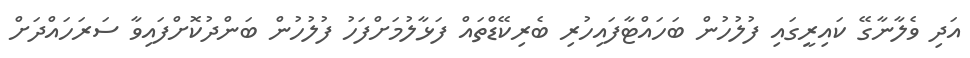
އަދި ވެލާނާގޭ ކައިރީގައި ފުލުހުން ބަހައްޓާފައިހުރި ބެރިކޭޑްތައް ފަޅާލުމަށްފަހު ފުލުހުން ބަންދުކޮށްފައިވާ ސަރަހައްދަށް